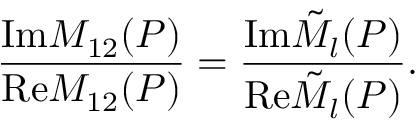
\frac { \mathrm { { I m } } M _ { 1 2 } ( P ) } { { \mathrm { R e } } M _ { 1 2 } ( P ) } = \frac { \mathrm { { I m } } { \tilde { \cal M } } _ { l } ( P ) } { { \mathrm { R e } } { \tilde { \cal M } } _ { l } ( P ) } .